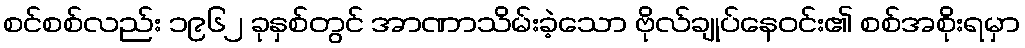
စင်စစ်လည်း ၁၉၆၂ ခုနှစ်တွင် အာဏာသိမ်းခဲ့သော ဗိုလ်ချုပ်နေဝင်း၏ စစ်အစိုးရမှာ